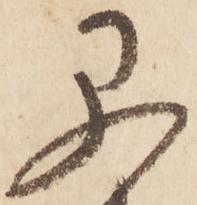
早